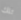
تلك